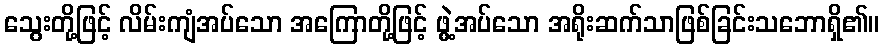
သွေးတို့ဖြင့် လိမ်းကျံအပ်သော အကြောတို့ဖြင့် ဖွဲ့အပ်သော အရိုးဆက်သာဖြစ်ခြင်းသဘောရှိ၏။